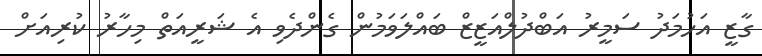
ގާޒީ އަހުމަދު ސަމީރު އަބްދުލްއަޒީޒް ބައްލަވަމުން ގެންދެވި އެ ޝަރީއަތް މިހާރު ކުރިއަށް